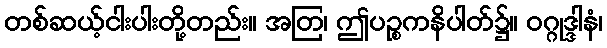
တစ်ဆယ့်ငါးပါးတို့တည်း။ အတြ၊ ဤပဉ္စကနိပါတ်၌။ ဝဂ္ဂုဒ္ဒါနံ၊